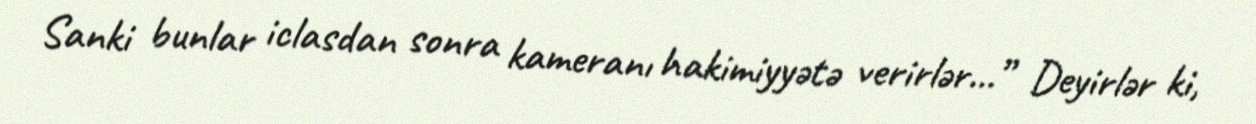
Sanki bunlar iclasdan sonra kameranı hakimiyyətə verirlər...” Deyirlər ki,